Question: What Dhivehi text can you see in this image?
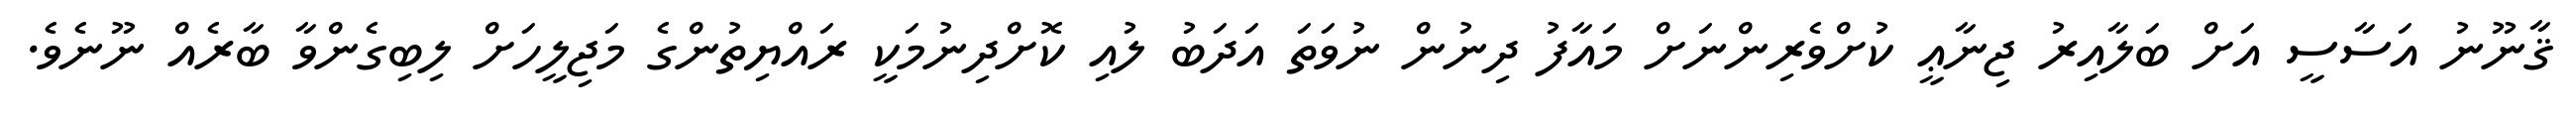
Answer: ޤާނޫނު އަސާސީ އަށް ބަލާއިރު ޖިނާޢީ ކުށްވެރިންނަށް މައާފު ދިނުން ނުވަތަ އަދަބު ލުއި ކޮށްދިނުމަކީ ރައްޔިތުންގެ މަޖިލީހަށް ލިބިގެންވާ ބާރެއް ނޫނެވެ.